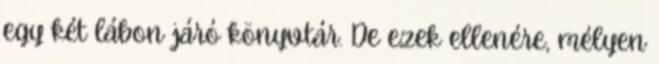
egy két lábon járó könyvtár. De ezek ellenére, mélyen